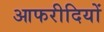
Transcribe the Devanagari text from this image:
आफरीदियों